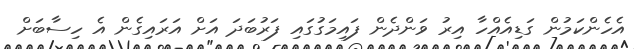
އެހެންކަމުން ގަޑިއެއްހާ އިރު ވަންދެން ފައިމަގުގައި ފަރުބަދަ އަށް އަރައިގެން އެ ހިސާބަށް